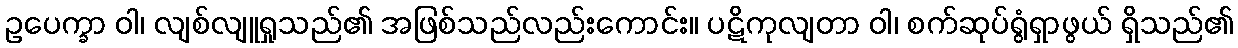
ဥပေက္ခာ ဝါ၊ လျစ်လျူရှုသည်၏ အဖြစ်သည်လည်းကောင်း။ ပဋိကုလျတာ ဝါ၊ စက်ဆုပ်ရွံရှာဖွယ် ရှိသည်၏